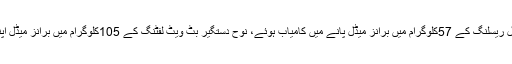
واضح رہے کہ طیب رضا نے ریسلنگ کے125 کلوگرام ایونٹ میں کانسی کا تمغہ جیتا، محمد بلال ریسلنگ کے 57کلوگرام میں برانز میڈل پانے میں کامیاب ہوئے، نوح دستگیر بٹ ویٹ لفٹنگ کے 105کلوگرام میں برانز میڈل اپنے نام کرنے میں کامیاب ہوئے اورطلحہ طالب کو ویٹ لفٹنگ کے62 کلوگرام میں برانز میڈل ملا۔